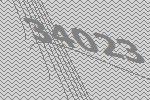
34023